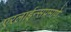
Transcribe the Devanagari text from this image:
एरलाईन्सप्रमाणे